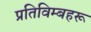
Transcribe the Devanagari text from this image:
प्रतिविम्‍बहरू